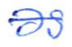
Text: as
Cross-out: single-line
Writing tool: ballpoint